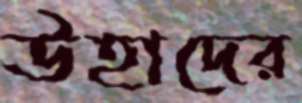
উহাদের